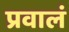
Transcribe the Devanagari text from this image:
प्रवालं